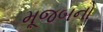
મૂજબનો